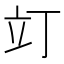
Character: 𫞻